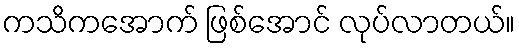
ကသိကအောက် ဖြစ်အောင် လုပ်လာတယ်။